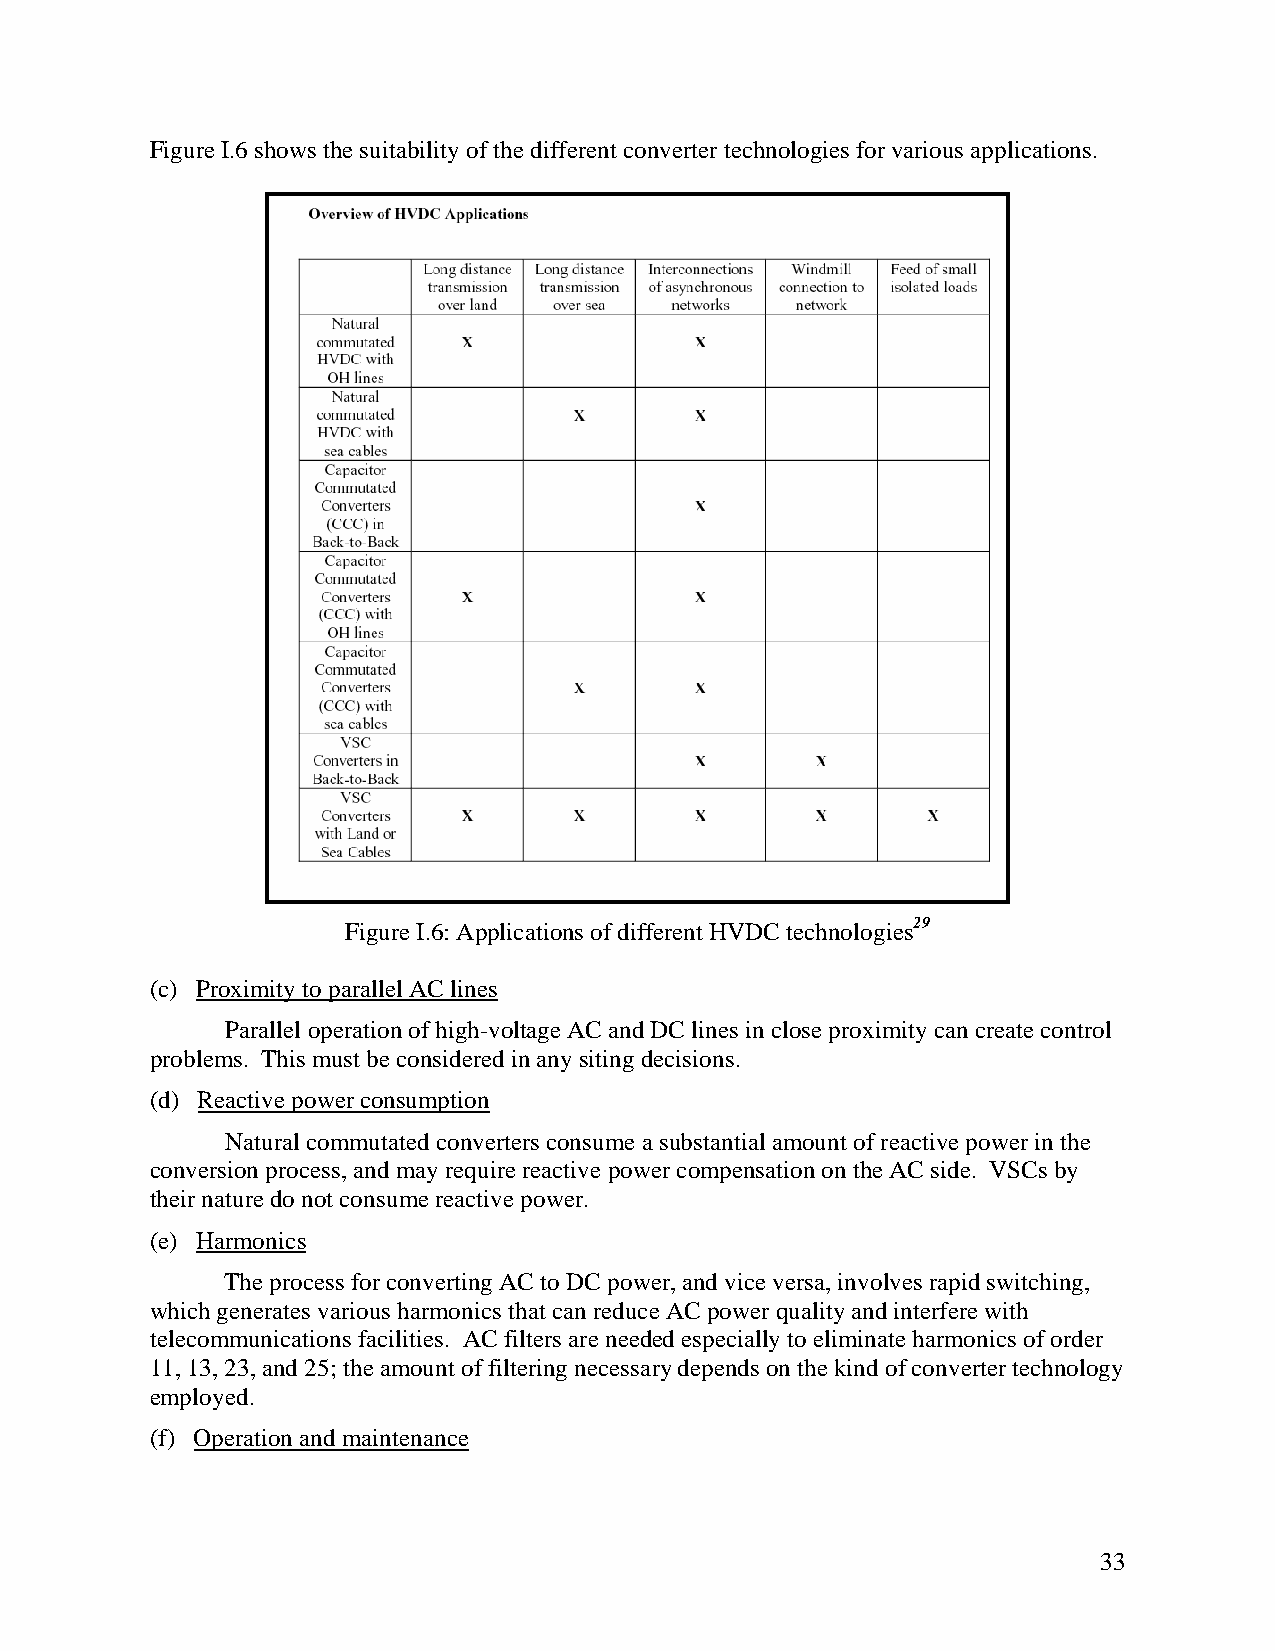
Figure I.6 shows the suitability of the different converter technologies for various applications.
 Figure I.6: Applications of different HVDC technologies29
 (c) Proximity to parallel AC lines
 Parallel operation of high-voltage AC and DC lines in close proximity can create control
 problems. This must be considered in any siting decisions.
 (d) Reactive power consumption
 Natural commutated converters consume a substantial amount of reactive power in the
 conversion process, and may require reactive power compensation on the AC side. VSCs by
 their nature do not consume reactive power.
 (e) Harmonics
 The process for converting AC to DC power, and vice versa, involves rapid switching,
 which generates various harmonics that can reduce AC power quality and interfere with
 telecommunications facilities. AC filters are needed especially to eliminate harmonics of order
 11, 13, 23, and 25; the amount of filtering necessary depends on the kind of converter technology
 employed.
 (f) Operation and maintenance
 33